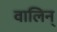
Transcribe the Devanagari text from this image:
वालिन्